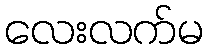
လေးလက်မ